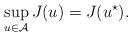
LaTeX: \begin{align*} \sup_{u\in\mathcal{A}}J(u)=J(u^{\star}).\end{align*}